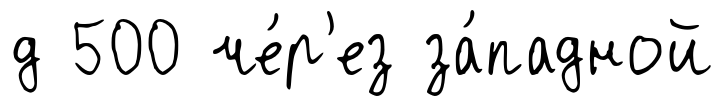
д 500 че́р'ез за́падной